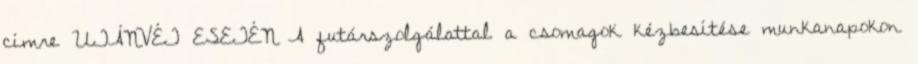
címre UTÁNVÉT ESETÉN A futárszolgálattal a csomagok kézbesítése munkanapokon